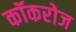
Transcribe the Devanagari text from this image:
कॉकरोज